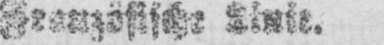
Französische Linie.